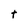
Character: t